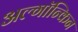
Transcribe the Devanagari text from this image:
अल्गॉन्किन